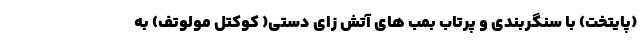
(پایتخت) با سنگربندی و پرتاب بمب های آتش زای دستی( کوکتل مولوتف) به